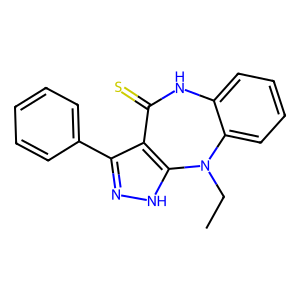
SMILES: CCN1c2ccccc2NC(=S)c2c(-c3ccccc3)n[nH]c21
Inhibits HIV replication: No